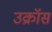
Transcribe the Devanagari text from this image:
उक्रॉस